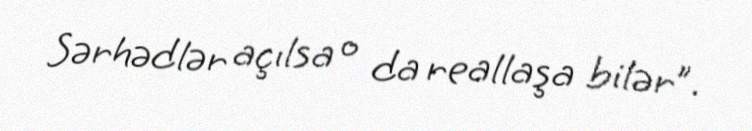
Sərhədlər açılsa o da reallaşa bilər”.